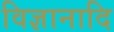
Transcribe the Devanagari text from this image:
विज्ञानादि